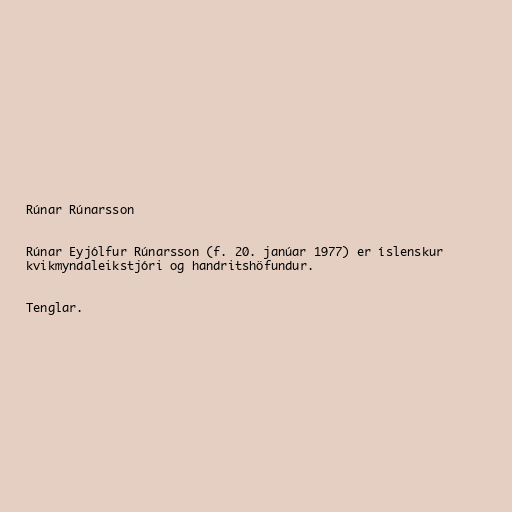
Rúnar Rúnarsson

Rúnar Eyjólfur Rúnarsson (f. 20. janúar 1977) er íslenskur
kvikmyndaleikstjóri og handritshöfundur.

Tenglar.